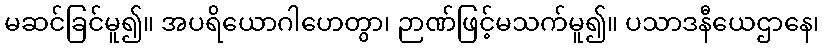
မဆင်ခြင်မူ၍။ အပရိယောဂါဟေတွာ၊ ဉာဏ်ဖြင့်မသက်မူ၍။ ပသာဒနီယေဌာနေ၊